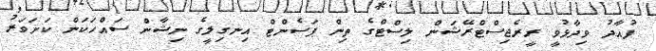
ފުއާދު ވިދާޅުވީ ރީރެޖިސްޓްރޭޝަން ލިސްޓްގެ ތިން ޕަސެންޓް އިނގިލީގެ ނިޝާން ސައްހަކަން ކަށަވަރު